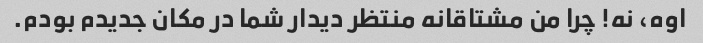
اوه، نه! چرا من مشتاقانه منتظر دیدار شما در مکان جدیدم بودم.